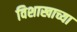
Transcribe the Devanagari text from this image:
विशाखाच्या